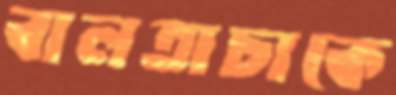
বালতাচাকে